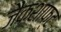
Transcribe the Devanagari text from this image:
जैकशाफ्ट